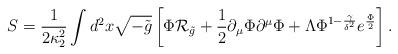
LaTeX: \begin{align*}S={1\over{2\kappa^2_2}}\int d^2x\sqrt{-\tilde{g}}\left[\Phi{\cal R}_{\tilde{g}}+{1\over 2}\partial_{\mu}\Phi\partial^{\mu}\Phi+\Lambda\Phi^{1-{\gamma\over{\delta^2}}}e^{\Phi\over 2}\right].\end{align*}